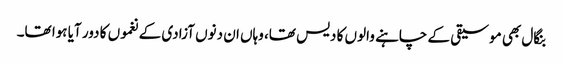
بنگال بھی موسیقی کے چاہنے والوں کا دیس تھا، وہاں ان دنوں آزادی کے نغموں کا دور آیا ہوا تھا۔